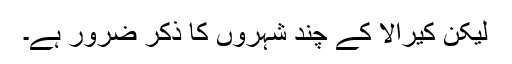
لیکن کیرالا کے چند شہروں کا ذکر ضرور ہے۔